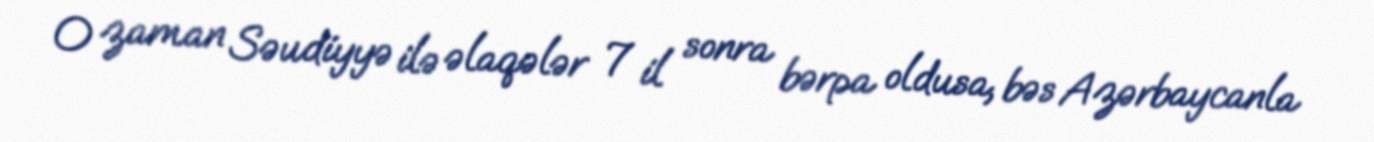
O zaman Səudiyyə ilə əlaqələr 7 il sonra bərpa oldusa, bəs Azərbaycanla